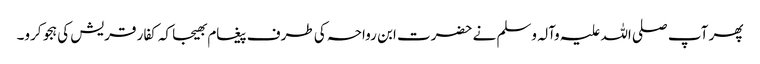
پھر آپ صلی اللہ علیہ وآلہ وسلم نے حضرت ابن رواحہ کی طرف پیغام بھیجا کہ کفار قریش کی ہجو کرو۔